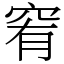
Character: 䆜